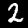
Label: 2